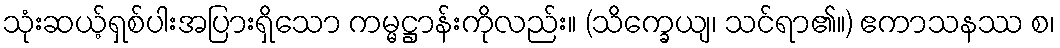
သုံးဆယ့်ရှစ်ပါးအပြားရှိသော ကမ္မဋ္ဌာန်းကိုလည်း။ (သိက္ခေယျ၊ သင်ရာ၏။) ဧကာသနဿ စ၊